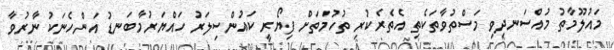
މައުލޫމާތު މުއްސަނދިވި މަސްތުވާތަކެތި އެތެރެކުރި ތުހުމަތަށް ފިޔޯރީ ކައުންސިލަރު ހައްޔަރުމާބަނޑު އަންހެނަކު ނާރުވާ